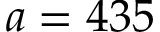
a = 4 3 5